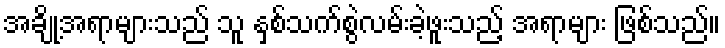
အချို့အရာများသည် သူ နှစ်သက်စွဲလမ်းခဲ့ဖူးသည့် အရာများ ဖြစ်သည်။